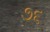
૭૬